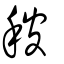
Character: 秛